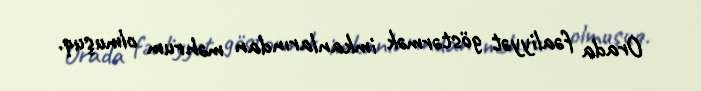
Orada fəaliyyət göstərmək imkanlarından məhrum olmuşuq.